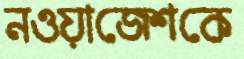
নওয়াজেশকে